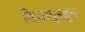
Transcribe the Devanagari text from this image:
विजापुरहून